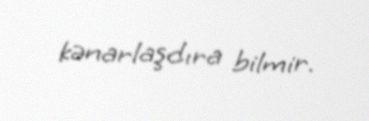
kənarlaşdıra bilmir.